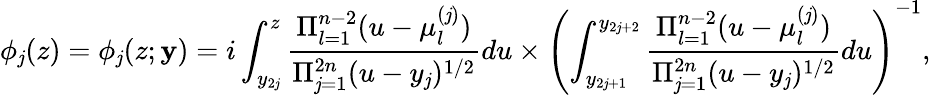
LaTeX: \phi_{\mathit{j}}(z)=\phi_{\mathit{j}}(z;\mathbf{{y}})=i\int_{y_{2\mathit{j}}}^{z}\frac{{\Pi_{l=1}^{n-2}(u-\mu_{l}^{(\mathit{j})})}}{{\Pi_{\mathit{j}=1}^{2n}(u-y_{\mathit{j}})^{1/2}}}du\times\left(\int_{y_{2\mathit{j}+1}}^{y_{2\mathit{j}+2}}\frac{{\Pi_{l=1}^{n-2}(u-\mu_{l}^{(\mathit{j})})}}{{\Pi_{\mathit{j}=1}^{2n}(u-y_{\mathit{j}})^{1/2}}}du\right)^{-1},